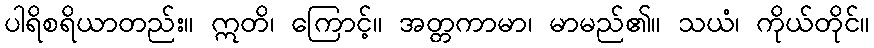
ပါရိစရိယာတည်း။ ဣတိ၊ ကြောင့်။ အတ္တကာမာ၊ မာမည်၏။ သယံ၊ ကိုယ်တိုင်။